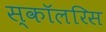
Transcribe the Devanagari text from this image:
स्कॉलरिस